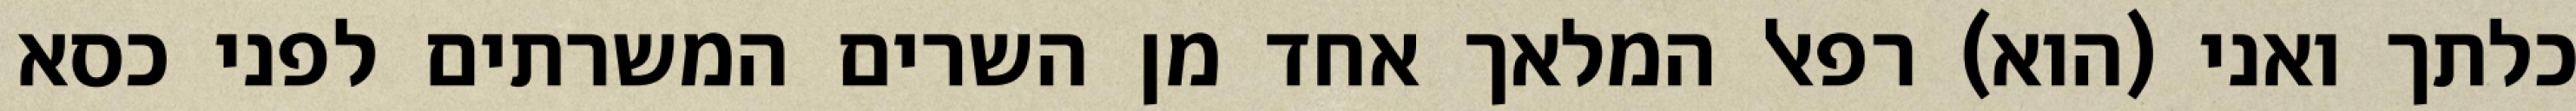
כלתך ואני (הוא) רפאל המלאך אחד מן השרים המשרתים לפני כסא